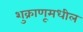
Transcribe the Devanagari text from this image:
शुक्राणूमधील